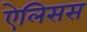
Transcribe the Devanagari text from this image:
ऐलिसस